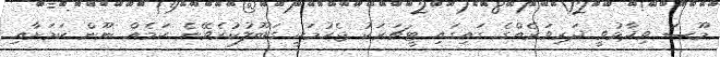
މޫސަ ވިދާޅުވީ ދަރިވަރެއްގެ ގައިގައި ޓީޗަރަކު ޖެހުމަކީ ގަބޫލުކުރެވޭނެ ކަމެއް ނޫން ކަމަށާއި